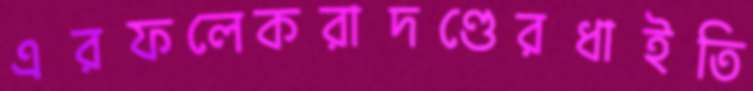
এরফলেকরাদণ্ডেরধাইতি